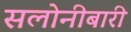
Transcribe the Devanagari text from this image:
सलोनीबारी